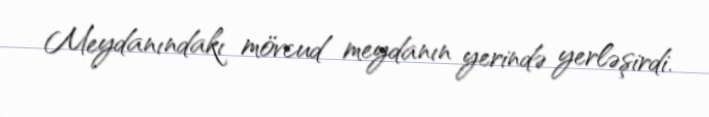
Meydanındakı mövcud meydanın yerində yerləşirdi.